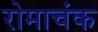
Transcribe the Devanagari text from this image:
रोमाचंक